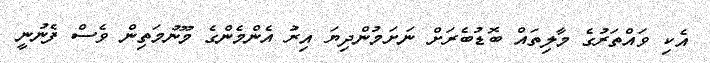
އެކި ވައްތަރުގެ މާލިތައް ބޮޑުބެރަށް ނަށަމުންދިޔަ އިރު އެންމެންގެ މޫނުމަތިން ވެސް ފެނުނީ